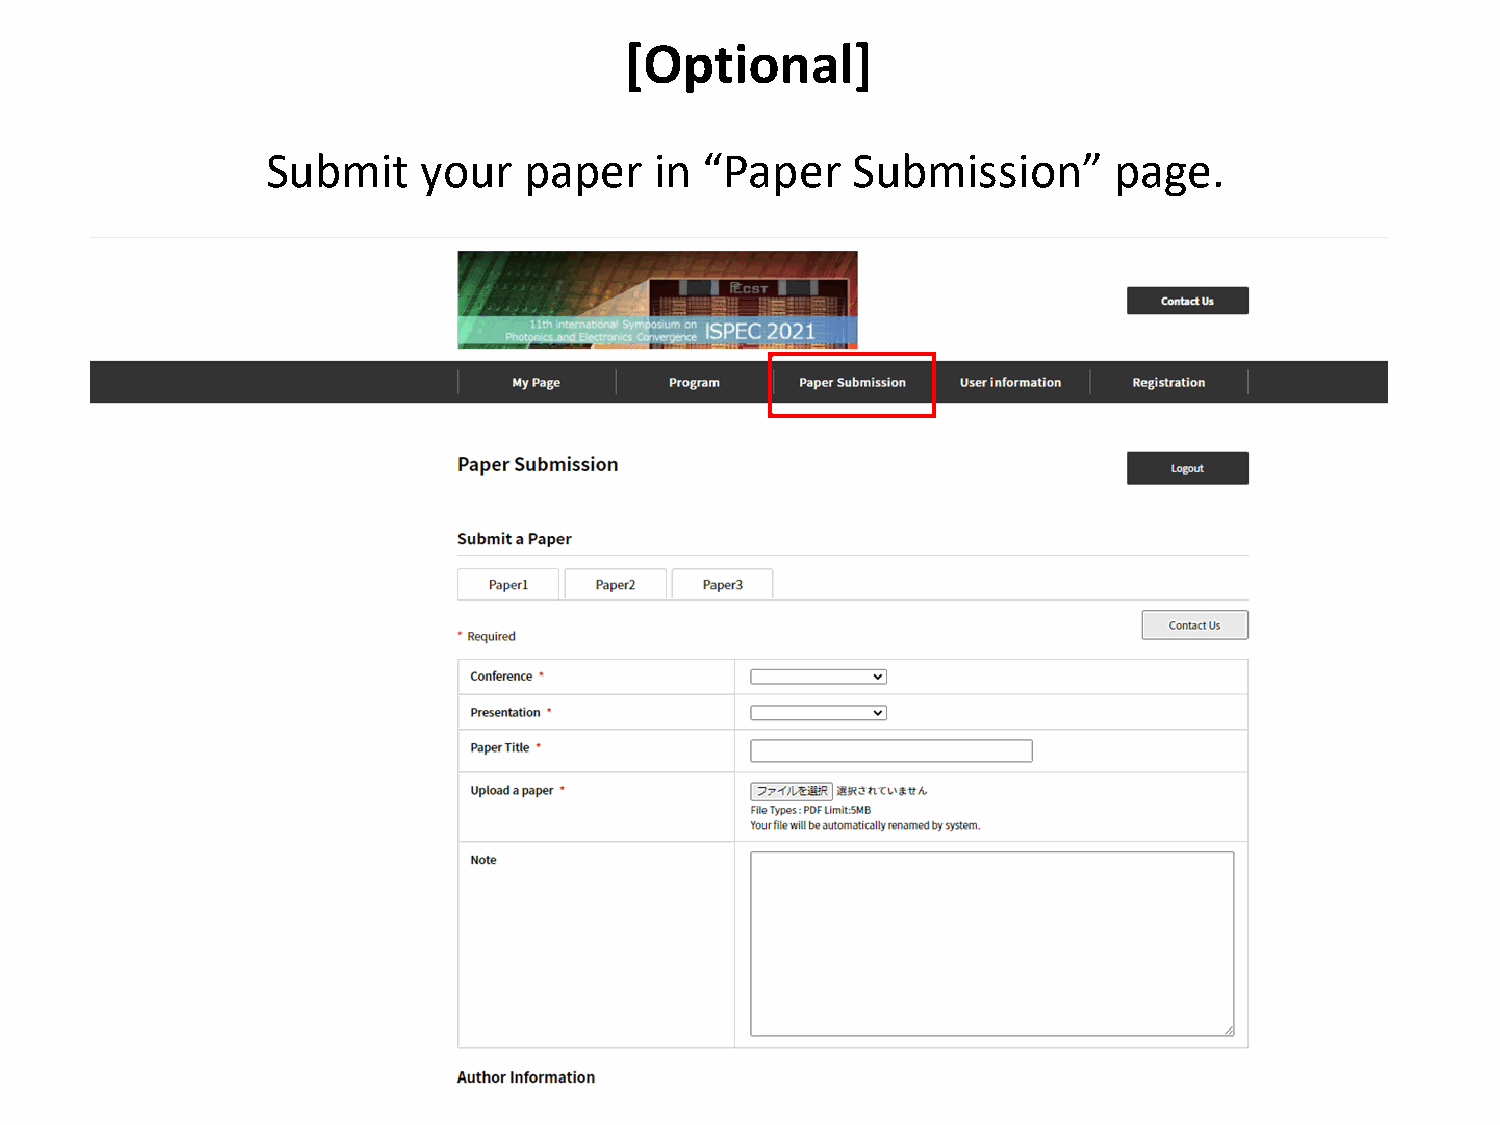
[Optional]
 Submit    your   paper   in  “Paper   Submission”       page.